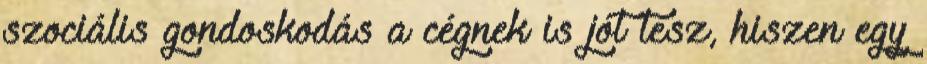
szociális gondoskodás a cégnek is jót tesz, hiszen egy